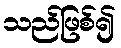
သည်ဖြစ်၍